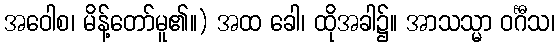
အဝေါစ၊ မိန့်တော်မူ၏။) အထ ခေါ၊ ထိုအခါ၌။ အာသသ္မာ ဝင်္ဂီသ၊